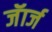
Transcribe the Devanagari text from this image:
जॅार्ज